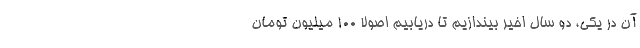
آن در یکی، دو سال اخیر بیندازیم تا دریابیم اصولاً ۱۰۰ میلیون تومان